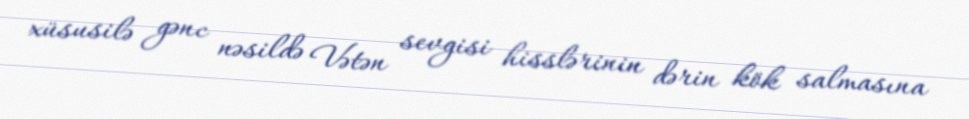
xüsusilə gənc nəsildə Vətən sevgisi hisslərinin dərin kök salmasına